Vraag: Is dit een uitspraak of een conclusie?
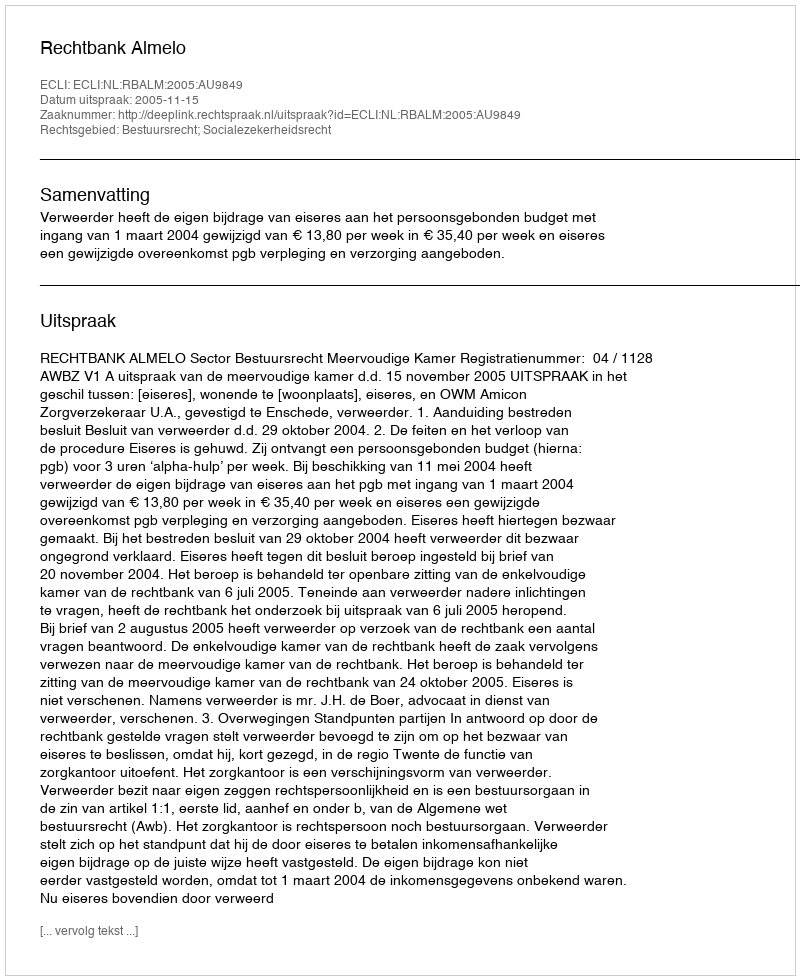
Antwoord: Uitspraak